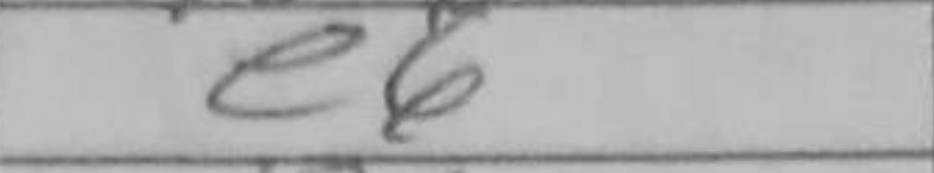
Transcription: e6